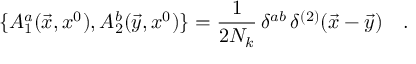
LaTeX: \{ A _ { 1 } ^ { a } ( \vec { x } , x ^ { 0 } ) , A _ { 2 } ^ { b } ( \vec { y } , x ^ { 0 } ) \} = \frac { 1 } { 2 N _ { k } } \, \delta ^ { a b } \, \delta ^ { ( 2 ) } ( \vec { x } - \vec { y } ) \ \ \ .